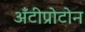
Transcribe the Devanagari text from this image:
अँटीप्रोटोन